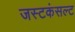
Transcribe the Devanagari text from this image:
जस्टकंसल्ट